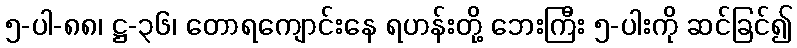
၅-ပါ-၈၈၊ ဋ္ဌ-၃၆၊ တောရကျောင်းနေ ရဟန်းတို့ ဘေးကြီး ၅-ပါးကို ဆင်ခြင်၍